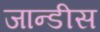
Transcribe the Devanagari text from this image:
जान्डीस